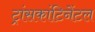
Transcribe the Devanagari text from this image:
ट्रांसकांटिनेंटल